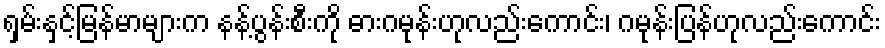
ရှမ်းနှင့်မြန်မာများက နန့်ပွန်းစီးကို ဓားဂမုန်းဟုလည်းကောင်း၊ ဂမုန်းပြန်ဟုလည်းကောင်း